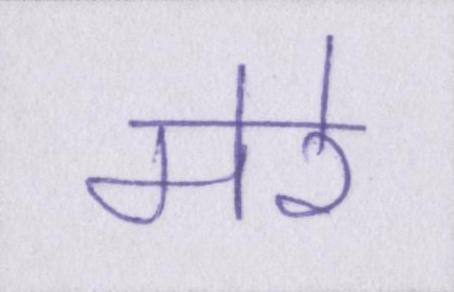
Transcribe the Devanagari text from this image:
मेरे